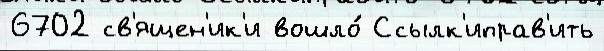
6702 св'ящен'ик'и вошло́ Ссылк'иправ'ить